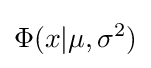
\Phi (x|\mu ,\sigma ^{2})